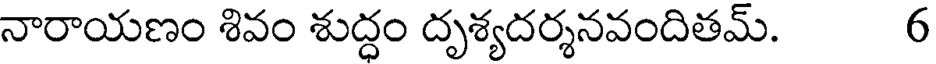
నారాయణం శివం శుద్ధం దృశ్యదర్శనవందితమ్. 6